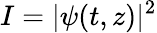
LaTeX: I=|\psi(t,z)|^{2}